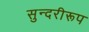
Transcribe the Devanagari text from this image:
सुन्दरीरूप